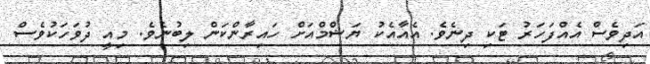
އަދިވެސް އެއްފަހަރު ޓަކި ދިނެވެ. އެއާއެކު ޔަޝްމްއަށް ހައިރާންކަން ލިބުނެވެ. މިއީ ދުވަހަކުވެސް